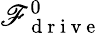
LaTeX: \mathscr{F}_{\mathrm{{~d~r~i~v~e~}}}^{0}